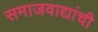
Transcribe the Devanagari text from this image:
समाजवाद्यांची